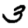
Digit: 3